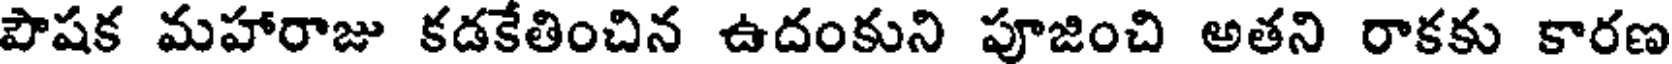
పౌషక మహారాజు కడకేతించిన ఉదంకుని పూజించి అతని రాకకు కారణ